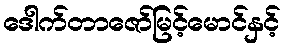
ဒေါက်တာဇော်မြင့်မောင်နှင့်